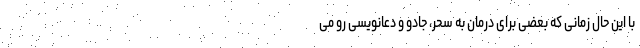
با این حال زمانی که بعضی برای درمان به سحر، جادو و دعانویسی رو می